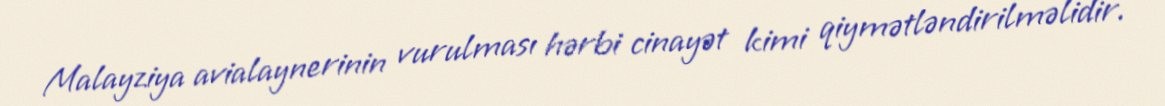
Malayziya avialaynerinin vurulması hərbi cinayət kimi qiymətləndirilməlidir.